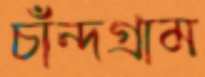
চাঁন্দগ্রাম